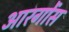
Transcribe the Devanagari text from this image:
आरगोंस